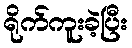
ရိုက်ကူးခဲ့ပြီး